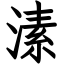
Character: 溸